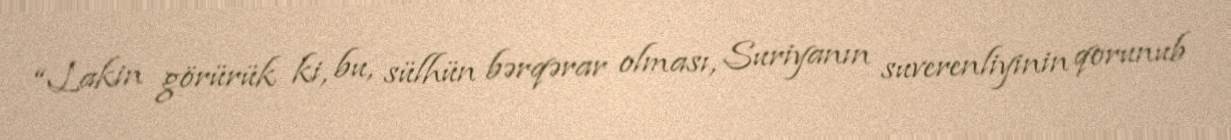
“Lakin görürük ki, bu, sülhün bərqərar olması, Suriyanın suverenliyinin qorunub